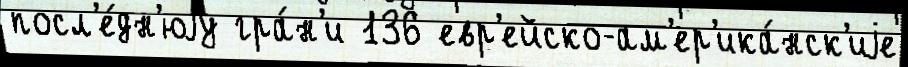
посл'е́дн'юjу гра́н'и 136 евр'ейско-ам'ер'ика́нск'иjе